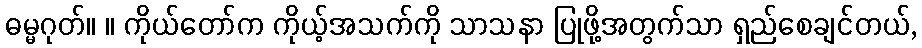
ဓမ္မဂုတ်။ ။ ကိုယ်တော်က ကိုယ့်အသက်ကို သာသနာ ပြုဖို့အတွက်သာ ရှည်စေချင်တယ်,